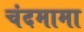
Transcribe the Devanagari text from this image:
चंदमामा